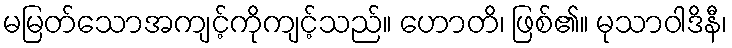
မမြတ်သောအကျင့်ကိုကျင့်သည်။ ဟောတိ၊ ဖြစ်၏။ မုသာဝါဒိနီ၊